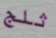
ثلج